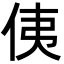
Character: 侇